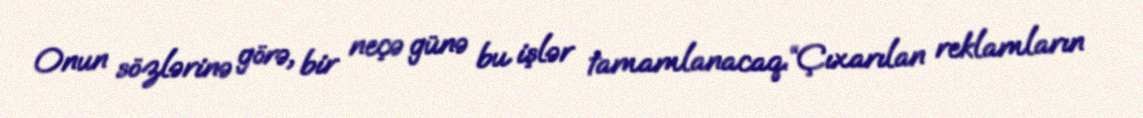
Onun sözlərinə görə, bir neçə günə bu işlər tamamlanacaq.“Çıxarılan reklamların